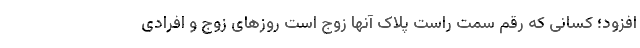
افزود؛ کسانی که رقم سمت راست پلاک آنها زوج است روزهای زوج و افرادی